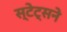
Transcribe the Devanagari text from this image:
स्टेट्सने